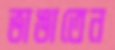
ভাঙাতেন